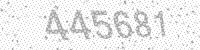
Solution: 445681